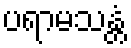
ပရာမသန္တံ